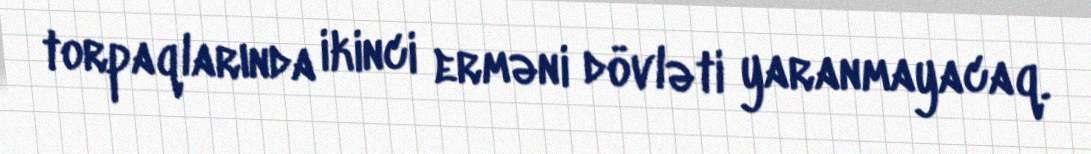
torpaqlarında ikinci erməni dövləti yaranmayacaq.